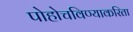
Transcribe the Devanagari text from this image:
पोहोचविण्याकरिता